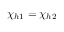
\chi _ { h 1 } = \chi _ { h 2 }